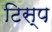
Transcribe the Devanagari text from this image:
टिस्प